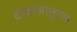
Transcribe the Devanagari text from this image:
दरवाजातूनच